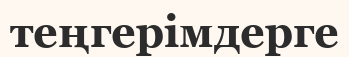
теңгерімдерге